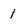
Character: 1